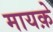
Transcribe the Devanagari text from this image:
मायक़े